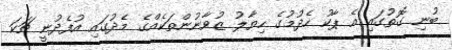
ބުނި ގޮތުގައި އެ ޕާކު ހެދުމުގެ ހިޔާލު ޒުވާނުންތަކެއްގެ މެދުގައި އުފެދުނީ ޗަކަ